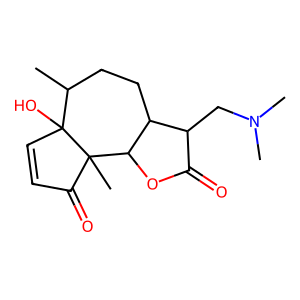
SMILES: CC1CCC2C(CN(C)C)C(=O)OC2C2(C)C(=O)C=CC12O
Inhibits HIV replication: No